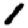
Digit: 1